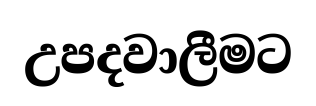
උපදවාලීමට